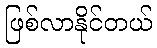
ဖြစ်လာနိုင်တယ်